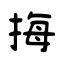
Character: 挴